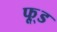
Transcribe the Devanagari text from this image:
फू़्ड